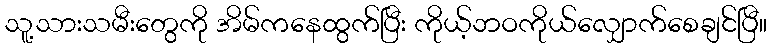
သူ့သားသမီးတွေကို အိမ်ကနေထွက်ပြီး ကိုယ့်ဘဝကိုယ်လျှောက်စေချင်ပြီ။